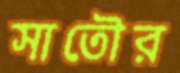
সাতৌর